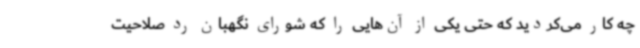
چه کار می‌کردید که حتی یکی از آن‌هایی را که شورای نگهبان رد صلاحیت